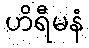
ဟိရီမနံ